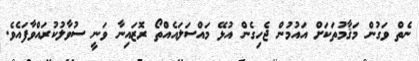
ނެތް ވަގުން މަޤާމުތަކަށް އައުމުން ޖެހިގެން އުޅޭ މައްސަލައެއްތޯ ރޮޒައިނާ ވަނީ ސުވާލުކުރައްވާފައެވެ.